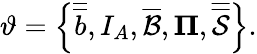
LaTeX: \vartheta=\left\{ \overline{{\overline{{b}}}},I_{A},\overline{{\mathcal{B}}},\mathbf{\Pi},\overline{{\overline{{\mathcal{S}}}}}\right\} .